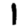
Digit: 1